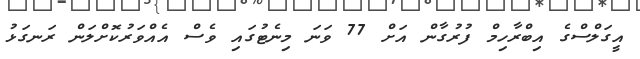
އީގަލްސްގެ އިބްރާހިމް ފުރުގާން އަށް 77 ވަނަ މިނެޓުގައި ވެސް އެއްވަރުކޮށްލަން ރަނގަޅު